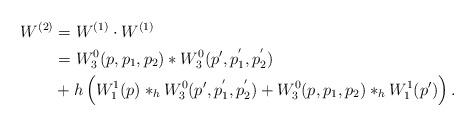
LaTeX: \begin{align*}W^{(2)}&=W^{(1)}\cdot W^{(1)}\\&=W^0_3(p,p_1,p_2)\ast W^0_3(p',p^{'}_1,p^{'}_2)\\&+h\left(W^1_1(p)\ast_h W^0_3(p',p^{'}_1,p^{'}_2)+W^0_3(p,p_1,p_2)\ast_h W^1_1(p')\right).\end{align*}